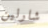
شارلين